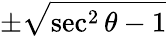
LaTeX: \pm{\sqrt{\sec^{2}\theta-1}}